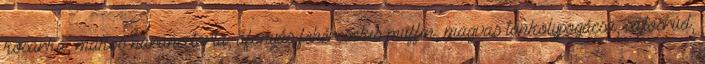
kosárka, mákos narancstorta, áfonyás fehércsokis muffin, magvas tönkölypogácsa, sajtosrúd,